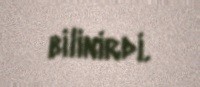
bilinirdi.